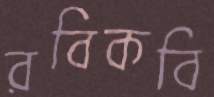
রবিকবি